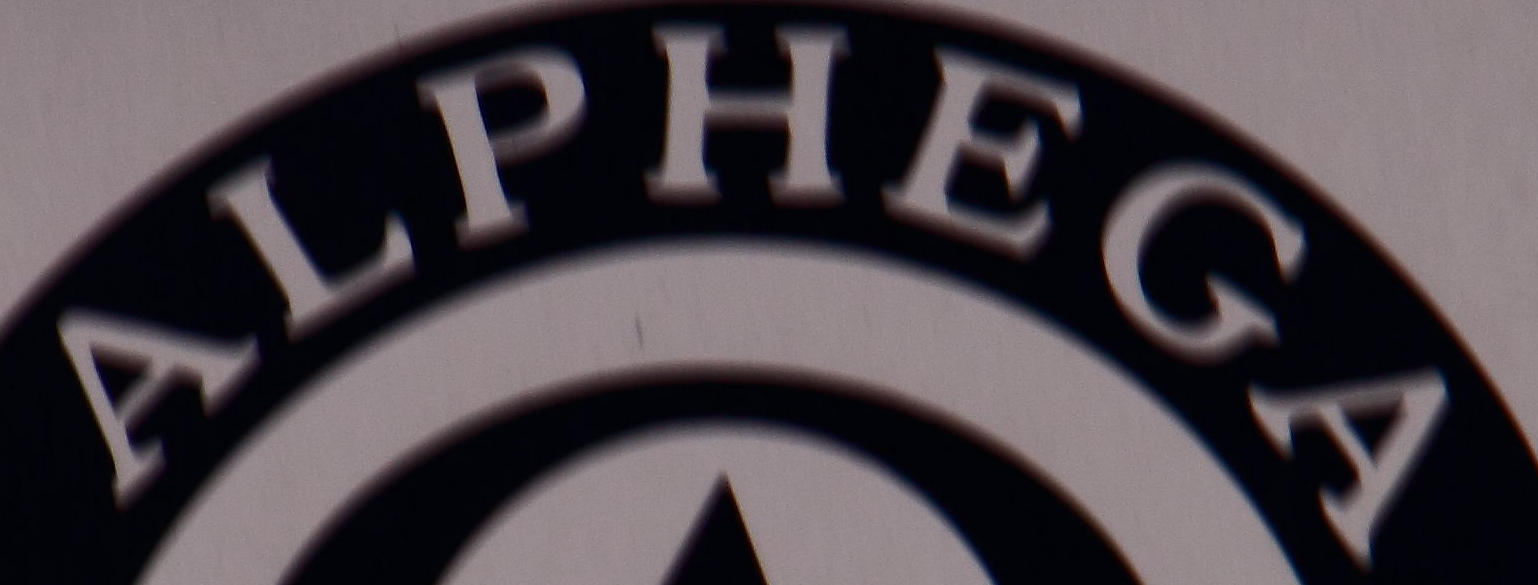
ALPHEGA